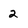
Character: 2